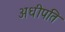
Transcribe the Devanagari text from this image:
अधीपति